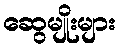
ဆွေမျိုးများ